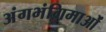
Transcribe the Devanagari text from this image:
अंगभंगिमाओं